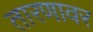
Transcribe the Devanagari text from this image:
तारणावर